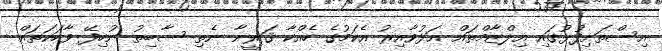
އިސްތަށިފުޅުގައި އިލްޒާމްތައް އަޅުވާއިރު އެކަމުގެ ހެއްކާ ޤަރީނާ ނެތި ސާބިތު ނުހިފޭ ވާހަކަތައް